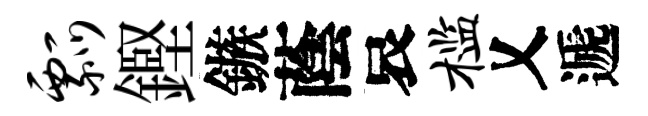
瓢鏗鏃蔭哀槛乂遞